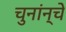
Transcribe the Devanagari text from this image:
चुनांन्चे